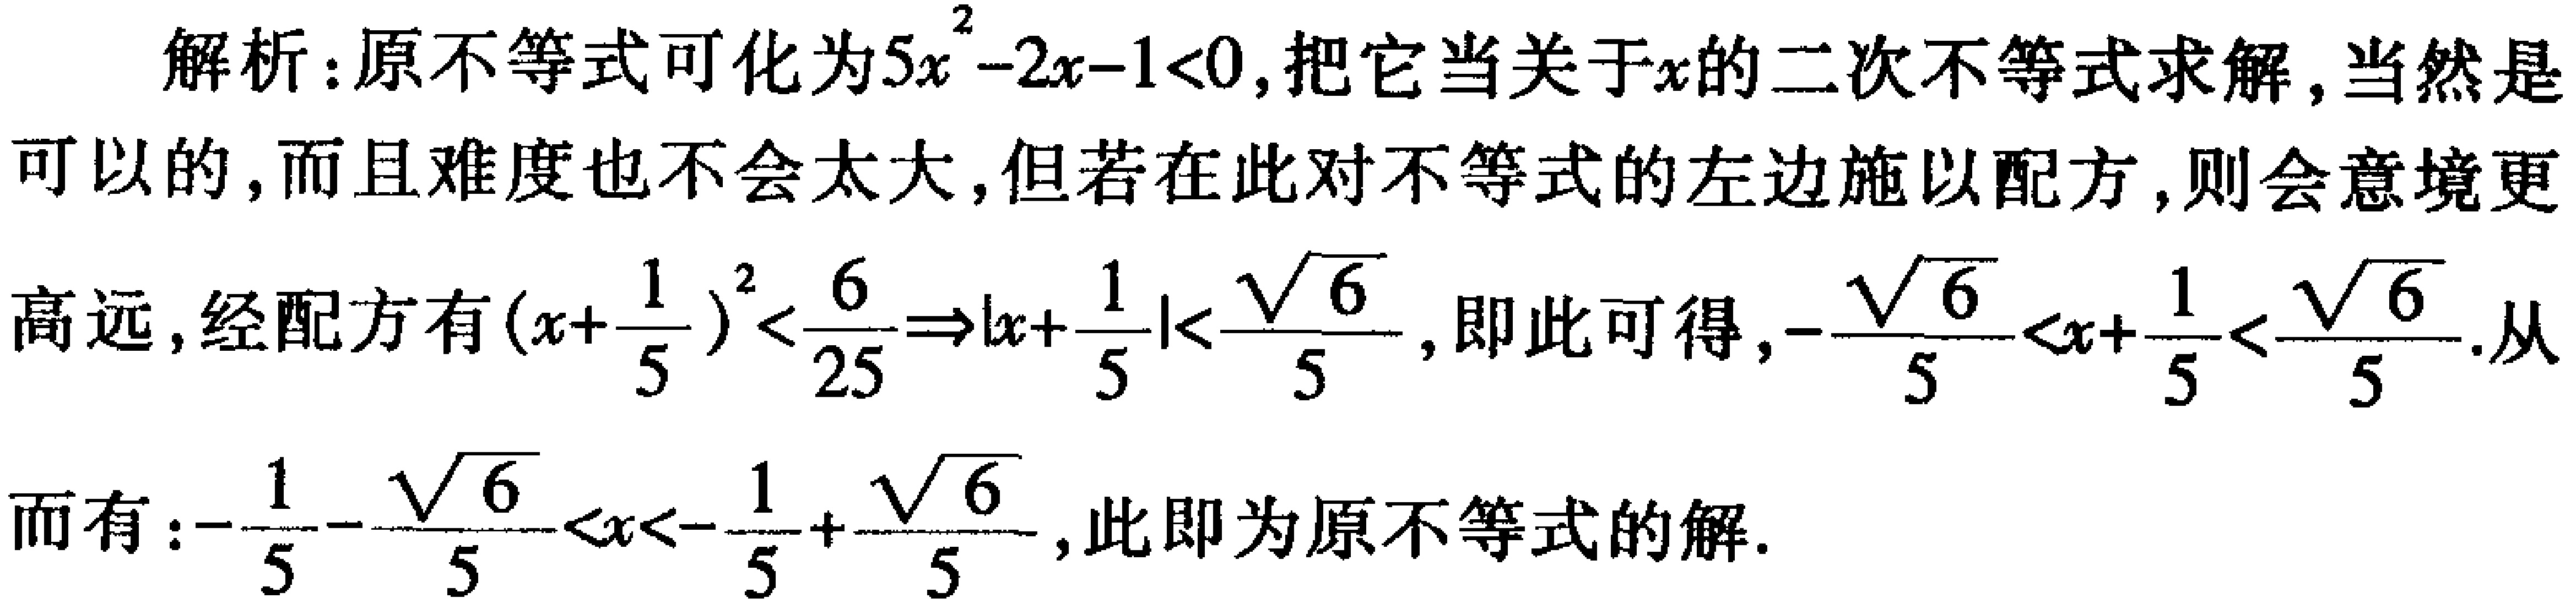
解析：原不等式可化为\(5x^{2}-2x - 1<0\)，把它当关于\(x\)的二次不等式求解，当然是可以的，而且难度也不会太大，但若在此对不等式的左边施以配方，则会意境更高远，经配方有\((x + \frac{1}{5})^{2}<\frac{6}{25}\Rightarrow|x+\frac{1}{5}|<\frac{\sqrt{6}}{5}\)，即此可得，\(-\frac{\sqrt{6}}{5}<x+\frac{1}{5}<\frac{\sqrt{6}}{5}\). 从而有：\(-\frac{1}{5}-\frac{\sqrt{6}}{5}<x<-\frac{1}{5}+\frac{\sqrt{6}}{5}\)，此即为原不等式的解.